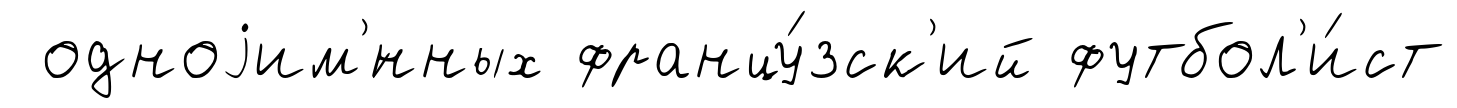
одноjим'́нных францу́зск'ий футбол'и́ст